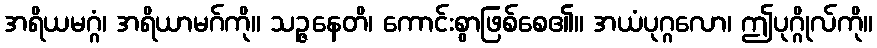
အရိယမဂ္ဂံ၊ အရိယာမဂ်ကို။ သဉ္ဇနေတိ၊ ကောင်းစွာဖြစ်စေ၏။ အယံပုဂ္ဂလော၊ ဤပုဂ္ဂိုလ်ကို။